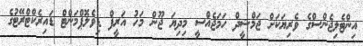
އިންޓެލިޖެންސްގެ ވެރިޔަކަށް ޖަމްޝީދް ހަމަޖެއްސީ މިދިޔަ ޖޫން މަހު އަރީފް ޑިވެލޮޕްމަންޓް ޑައިރެކްޓްރޭޓުގެ